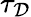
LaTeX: \tau_{\mathcal{D}}